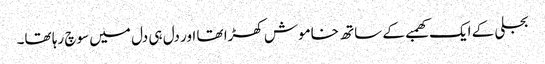
بجلی کے ایک کھمبے کے ساتھ خاموش کھڑا تھا اور دل ہی دل میں سوچ رہا تھا۔